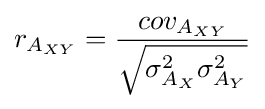
{r_{A_{XY}}}={{cov_{A_{XY}}} \over {\sqrt {\sigma _{A_{X}}^{2}\sigma _{A_{Y}}^{2}}}}